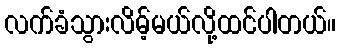
လက်ခံသွားလိမ့်မယ်လို့ထင်ပါတယ်။